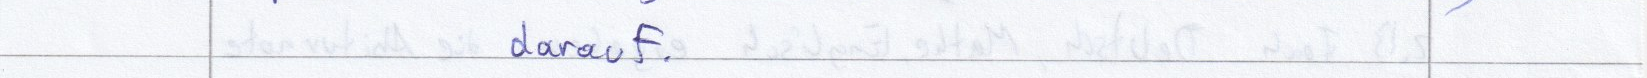
darauf.